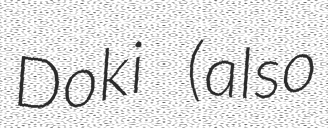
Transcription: Doki (also